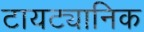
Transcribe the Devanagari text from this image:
टायट्यानिक